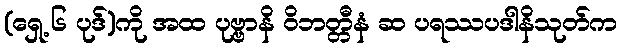
(ရှေ့ ၆ ပုဒ်)ကို အထ ပုဗ္ဗာနိ ဝိဘတ္တီနံ ဆ ပရဿပဒါနိသုတ်က